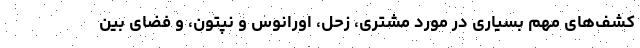
کشف‌های مهم بسیاری در مورد مشتری، زحل، اورانوس و نپتون، و فضای بین